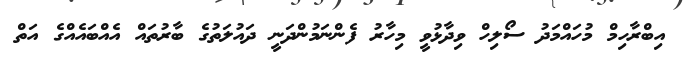
އިބްރާހިމް މުހައްމަދު ސޯލިހް ވިދާޅުވީ މިހާރު ފެންނަމުންދަނީ ދައުލަތުގެ ބާރުތައް އެއްބައެއްގެ އަތް